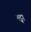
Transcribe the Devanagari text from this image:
गट्ना